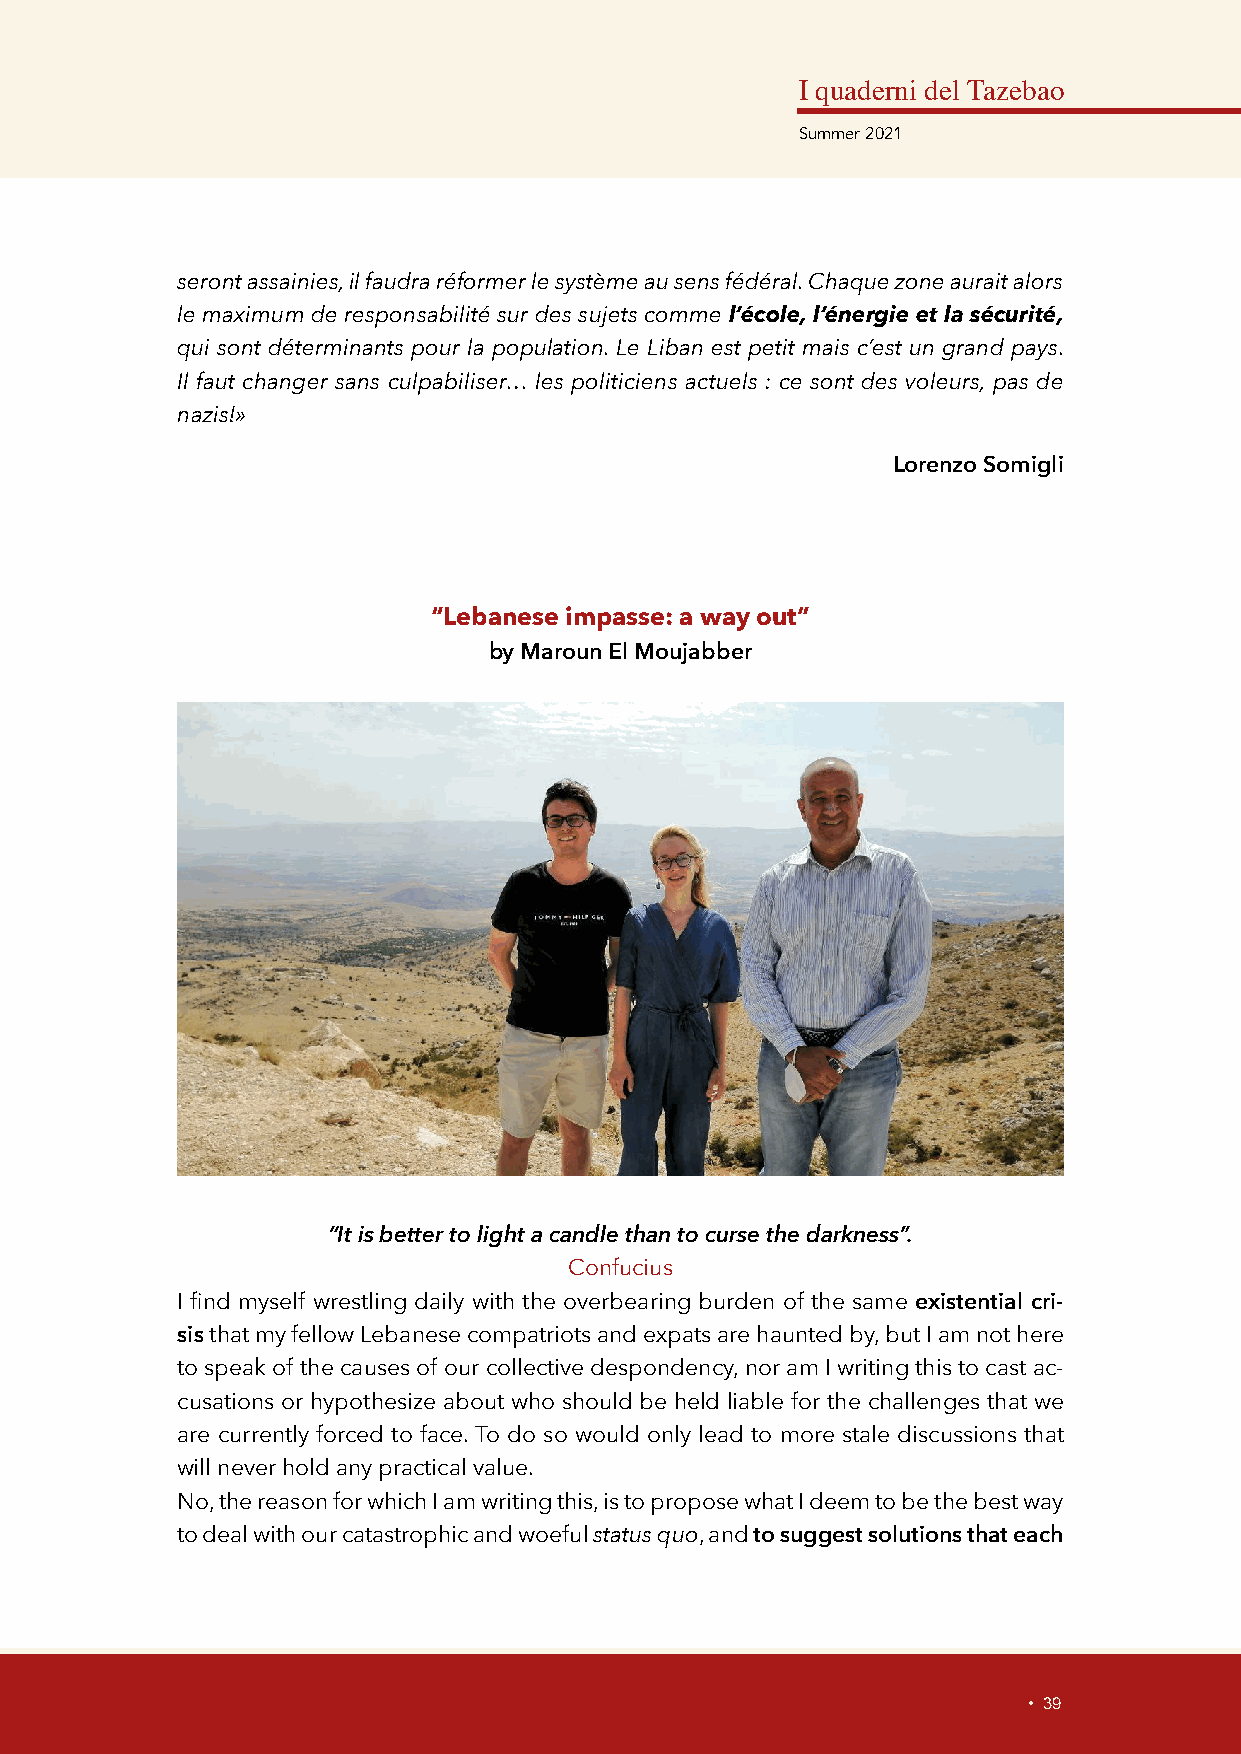
I quaderni del Tazebao
 Summer 2021
 seront assainies, il faudra réformer le système au sens fédéral. Chaque zone aurait alors
 le maximum de responsabilité sur des sujets comme l’école, l’énergie et la sécurité,
 qui sont déterminants pour la population. Le Liban est petit mais c’est un grand pays.
 Il faut changer sans culpabiliser… les politiciens actuels : ce sont des voleurs, pas de
 nazis!»
 Lorenzo Somigli
 “Lebanese impasse: a way out”
 by Maroun El Moujabber
 “It is better to light a candle than to curse the darkness”.
 Confucius
 I find myself wrestling daily with the overbearing burden of the same existential cri-
 sis that my fellow Lebanese compatriots and expats are haunted by, but I am not here
 to speak of the causes of our collective despondency, nor am I writing this to cast ac-
 cusations or hypothesize about who should be held liable for the challenges that we
 are currently forced to face. To do so would only lead to more stale discussions that
 will never hold any practical value.
 No, the reason for which I am writing this, is to propose what I deem to be the best way
 to deal with our catastrophic and woeful status quo, and to suggest solutions that each
 • 39